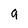
Character: q